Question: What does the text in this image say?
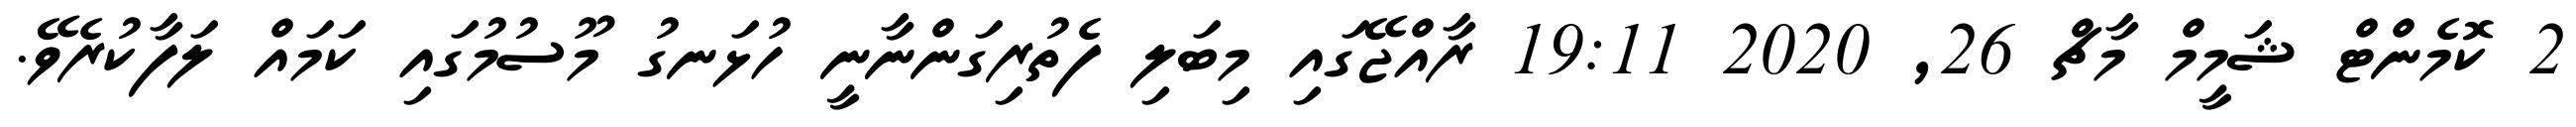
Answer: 2 ކޮމެންޓް ޝަމީމް މާޗް 26, 2020 19:11 ރާއްޖޭގައި މިބަލި ފެތުރިގަންނާނީ ހުޅަނގު މޫސުމުގައި ކަމައް ލަފާކުރެވޭ.